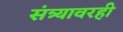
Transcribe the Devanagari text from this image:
संत्र्यावरही